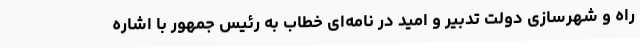
راه و شهرسازی دولت تدبیر و امید در نامه‌ای خطاب به رئیس جمهور با اشاره